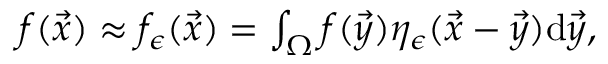
\begin{array} { r } { f ( \vec { x } ) \approx f _ { \epsilon } ( \vec { x } ) = \int _ { \Omega } f ( \vec { y } ) \eta _ { \epsilon } ( \vec { x } - \vec { y } ) \mathrm { d } \vec { y } , } \end{array}